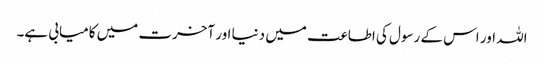
اللہ اور اس کے رسول کی اطاعت میں دنیا اور آخرت میں کامیابی ہے۔